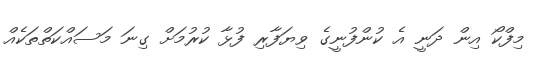
މިފްކޯ އިން ދަނީ އެ ކުންފުނީގެ ވިޔަފާރި ފުޅާ ކުރުމަށް ގިނަ މަސައްކަތްތަކެއް